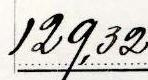
129,32